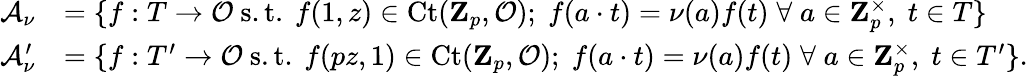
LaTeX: \begin{array}{rl}{\mathcal{A}_{\nu}}&{=\{ f:T\rightarrow\mathcal{O}\mathrm{~s.t.~}f(1,z)\in\mathrm{Ct}(\mathbf{Z}_{p},\mathcal{O});\; f(a\cdot t)=\nu(a)f(t)\; \forall\; a\in\mathbf{Z}_{p}^{\times},\; t\in T\} }\\ {\mathcal{A}_{\nu}^{\prime}}&{=\{ f:T^{\prime}\rightarrow\mathcal{O}\mathrm{~s.t.~}f(pz,1)\in\mathrm{Ct}(\mathbf{Z}_{p},\mathcal{O});\; f(a\cdot t)=\nu(a)f(t)\; \forall\; a\in\mathbf{Z}_{p}^{\times},\; t\in T^{\prime}\} .}\end{array}